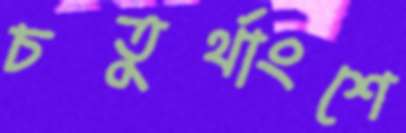
চতুর্থাংশে